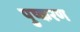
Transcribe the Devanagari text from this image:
पुष्करण